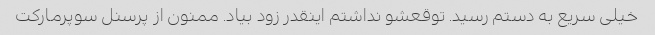
خیلی سریع به دستم رسید. توقعشو نداشتم اینقدر زود بیاد. ممنون از پرسنل سوپرمارکت